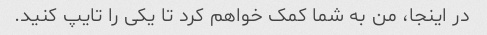
در اینجا، من به شما کمک خواهم کرد تا یکی را تایپ کنید.